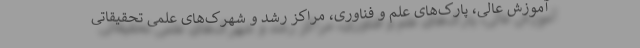
آموزش عالی، پارک‌های علم و فناوری،‌ مراکز رشد و شهرک‌های علمی تحقیقاتی